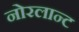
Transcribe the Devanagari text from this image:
नोरलान्ट